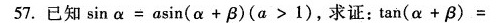
57.已知$$\sin \alpha = a \sin ( \alpha + \beta ) ( a > 1 )$$，求证：$$tan ( \alpha + \beta ) =